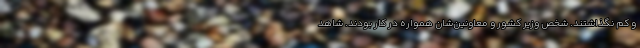
و کم نگذاشتند. شخص وزیر کشور و معاونین‌شان همواره در کار بودند. شاهد